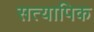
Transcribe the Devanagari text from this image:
सत्यापिक